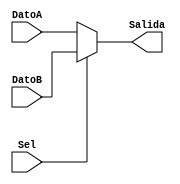
`timescale 1ns / 1ps
//////////////////////////////////////////////////////////////////////////////////
// Company: 
// Engineer: 
// 
// Design Name: 
// Module Name:    Multiplexor_2in_1out 
// Project Name: 
// Target Devices: 
// Tool versions: 
// Description: 
//
// Dependencies: 
//
// Revision: 
// Revision 0.01 - File Created
// Additional Comments: 
//
//////////////////////////////////////////////////////////////////////////////////
module Mux_2in_1out #(parameter DB = 32)(DatoA, DatoB, Sel, Salida);
//-------------------------------------------Entradas-----------------------------------------//
	input [DB-1:0] DatoA;
	input [DB-1:0] DatoB;
	input Sel;
//--------------------------------------------Salidas-----------------------------------------//
	output reg [DB-1:0] Salida;
//---------------------------------------------Wires------------------------------------------//
//-------------------------------------------Registros----------------------------------------//
//-----------------------------------------Inicializacion-------------------------------------//
	initial
		begin
			Salida = 0;
		end
//--------------------------------------Declaracion de Bloques--------------------------------//
//--------------------------------------------Logica------------------------------------------//
	always @(*)
	begin
		if(Sel == 0)
			Salida <= DatoA;
		else
			Salida <= DatoB;
	end
endmodule